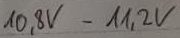
Text: 10,8V-11,2V